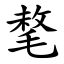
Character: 㲠